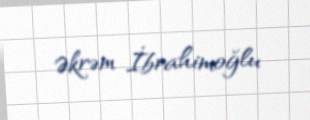
Əkrəm İbrahimoğlu